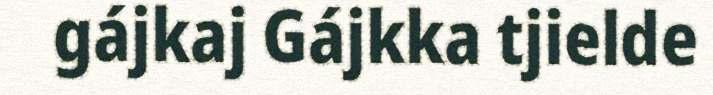
gájkaj Gájkka tjielde